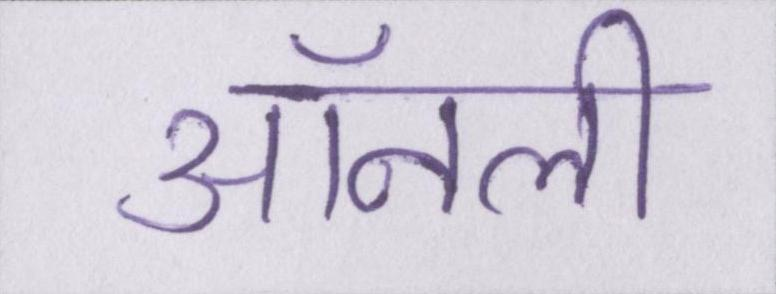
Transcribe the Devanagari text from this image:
ऑनली